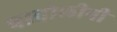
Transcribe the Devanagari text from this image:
पावोलीनी